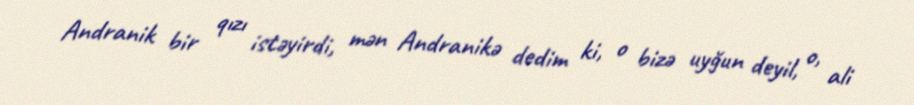
Andranik bir qızı istəyirdi, mən Andranikə dedim ki, o bizə uyğun deyil, o, ali